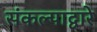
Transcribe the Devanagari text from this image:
संकल्पाद्वारे